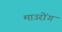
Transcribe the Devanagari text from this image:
माउरोंग